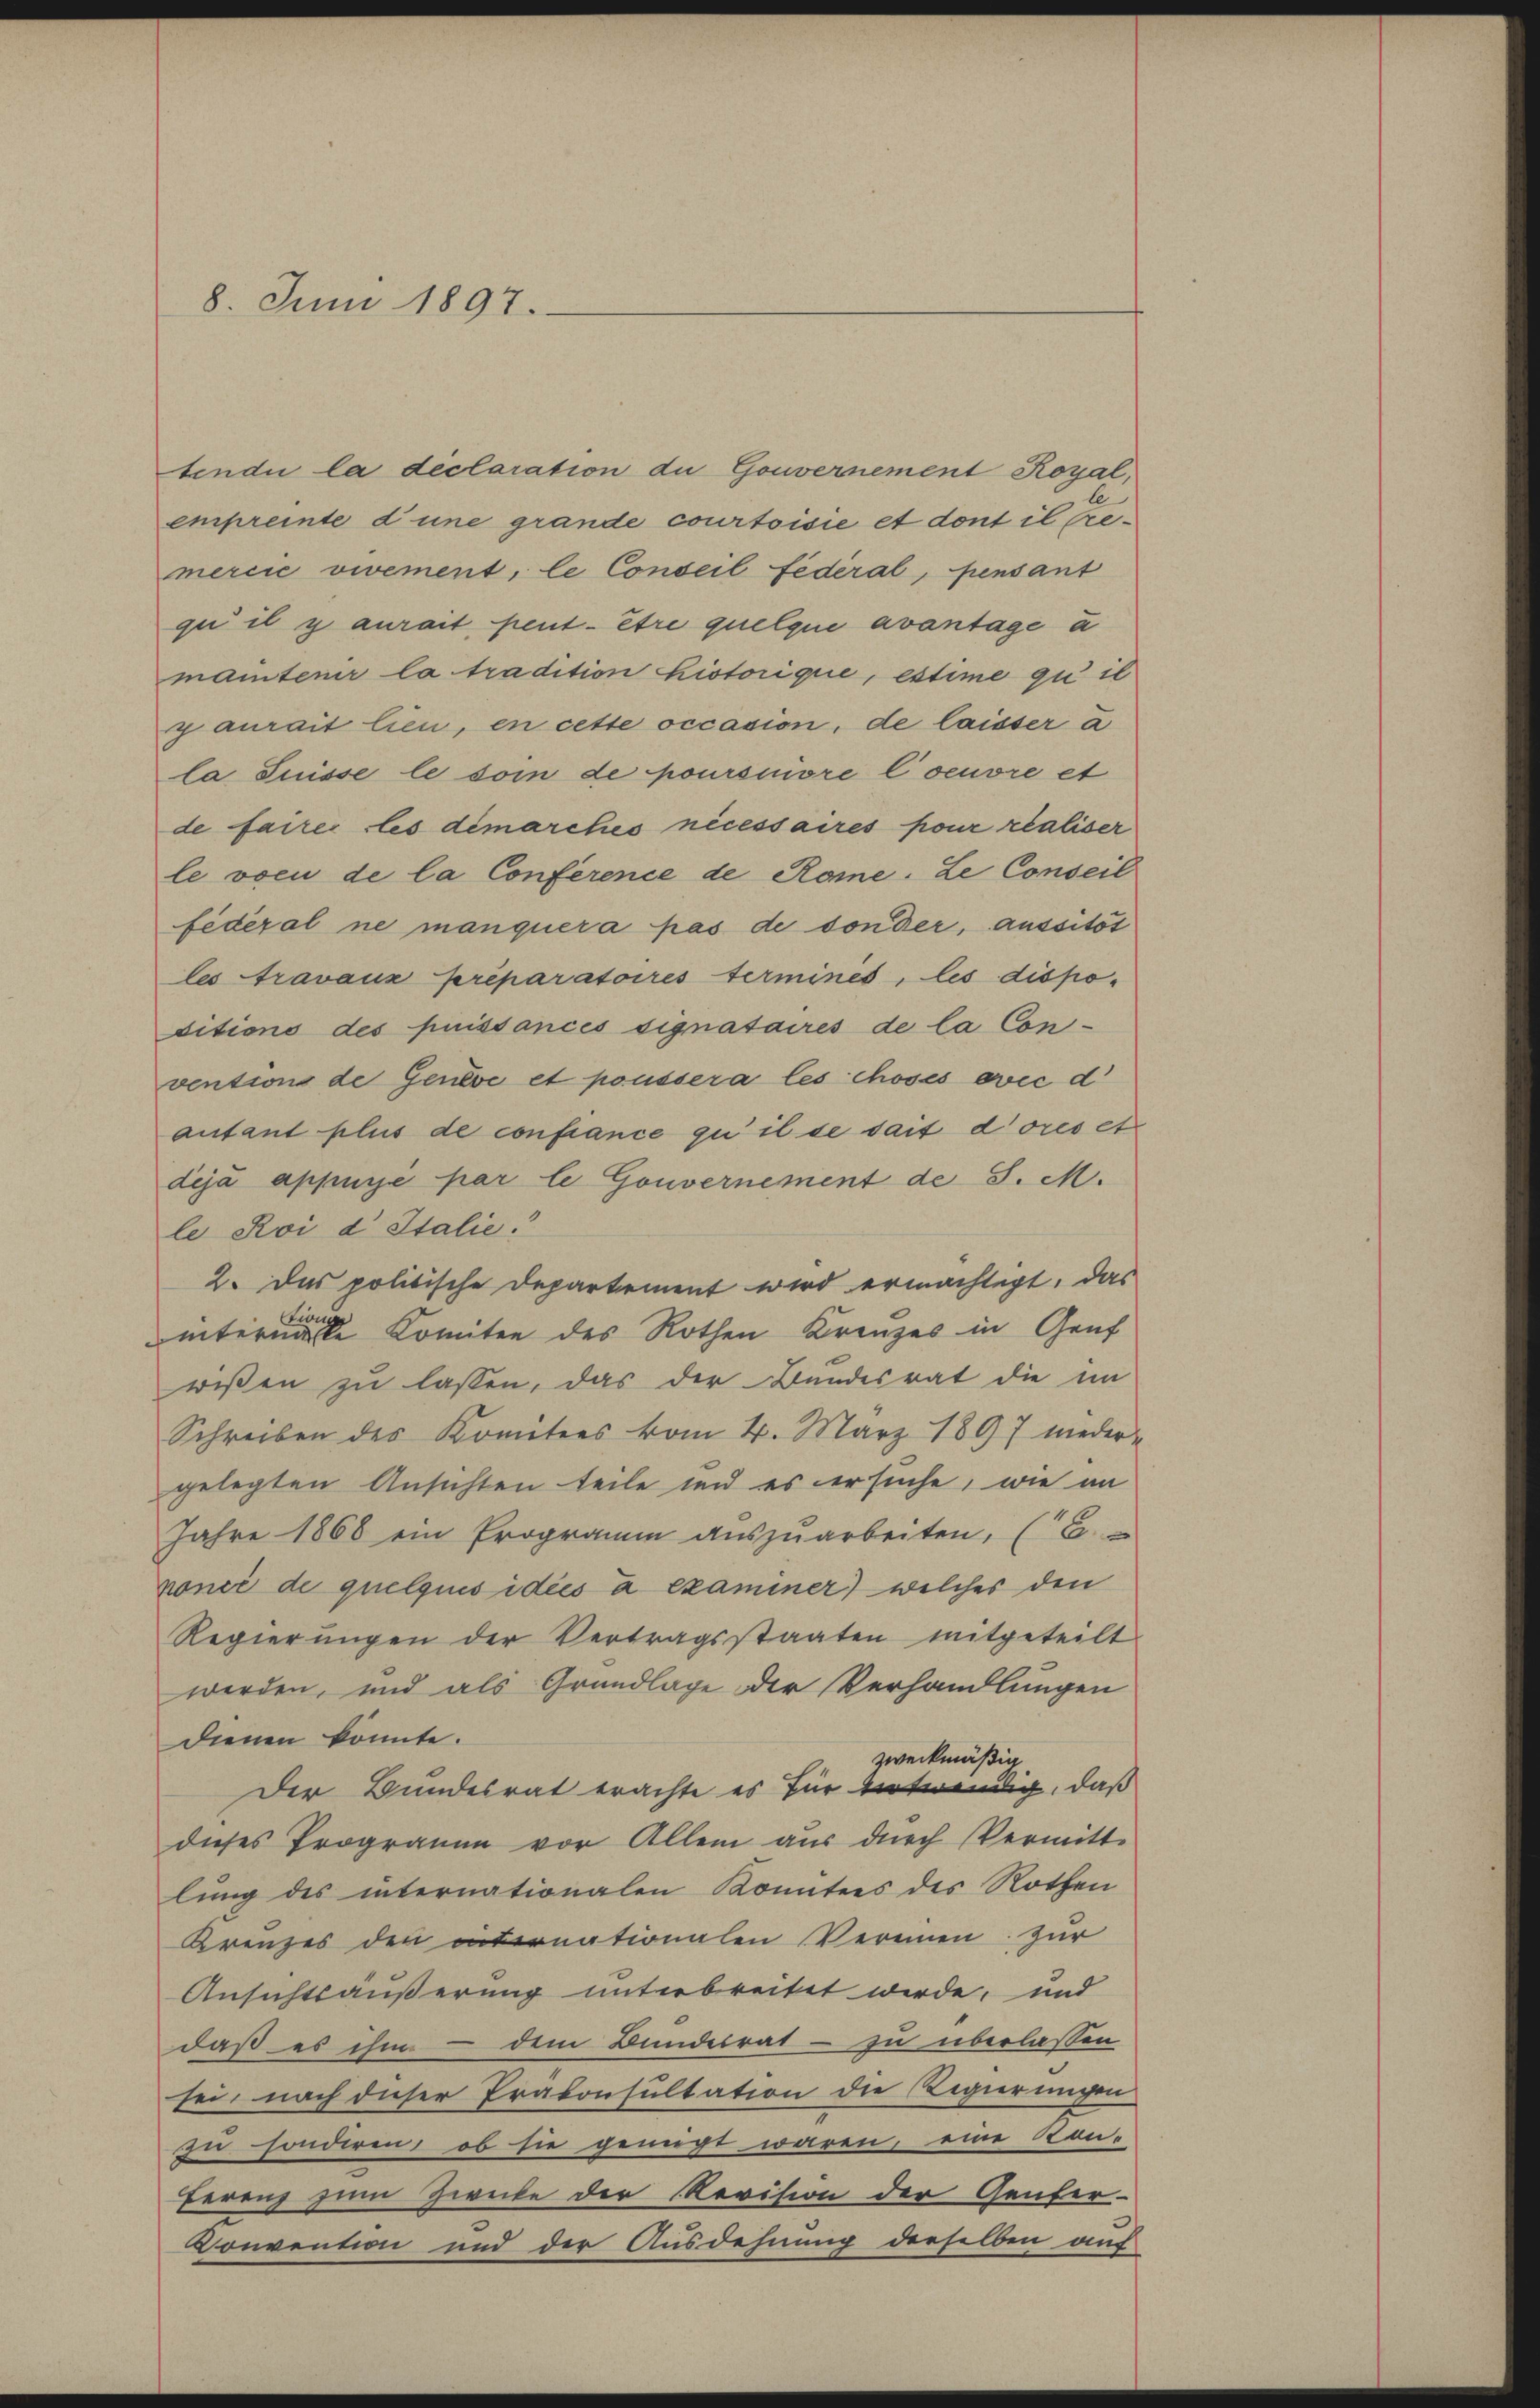
8. Juni 1897.

tendii la déclaration die Gouvernement Royal,
enpreite d’une grande courtoisie et dont il bremercie vivement, le Conseil fédéral, pensant
qui il y aurait peut être quelque avantage u
mantenir la tradition historique, estime qui il
y aurait lieu, en cette occasion, de laisser a
la Suisse le soin de poursuivre l’oeuvre et
de farrer les demarches nécessaires pour réaliser
le vocu de la Conference de Rome. Le Conseil
fédéral ne manquera pas de sonder, aussitt
les travaux préparatoires terminés, les dispositions des puissances signataires de la Con-
vention de Geneve et poussera les choses ovic di
autant plus de confiance zu il se dait d’ores et
dija appure par le Gouvernement de S. M.
le Roi d Italie
2. Das politische Departement wird ermachtigt, das
Lioni
internale Komitee des Rothen Kreuzes in Gruf
wißen zu lassen, das der Bundesrat die im
Schreiben des Komitees vom 4. März 1897 niedergelegten Ansichten teile und es ersuche, wie im
Jahre 1868 ein Programm aŭszŭarbeiten, (C.
noncé de quelques idiés à examiner welches den
Regierungen der Vertragsstaaten mitgeteilt
werden, und als Grundlage der Verhandlungen
dienen könnte.
zweckmäßig
Der Bundesrat erachte es für notwendig, daß
dieses Programm vor Allem aŭs dŭrch Vermitt-
lung des internationalen Komitees des Rothen
Kreuzes den internationalen Vereien zur
Ansichtsäußerung unterbreitet werde, und
daß es ihm - dem Bundesrat - zu überlassen
sei, nach dieser Prakonsultation die Regierungen
zu sonderen, ob sie genügt waren, eine Kon-
Ferenz zum Zwecke der Revision der Genfer-
Konvention und der Ausdehnung derselben auf